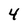
Character: 4